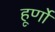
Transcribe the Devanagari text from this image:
हूर्णों